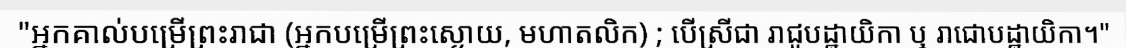
"អ្នកគាល់បម្រើព្រះរាជា (អ្នកបម្រើព្រះស្ងោយ, មហាតលិក) ; បើស្រីជា រាជូបដ្ឋាយិកា ឬ រាជោបដ្ឋាយិកា។"